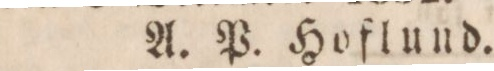
A. P. Hoflund.